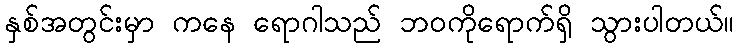
နှစ်အတွင်းမှာ ကနေ ရောဂါသည် ဘဝကိုရောက်ရှိ သွားပါတယ်။